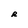
Character: R